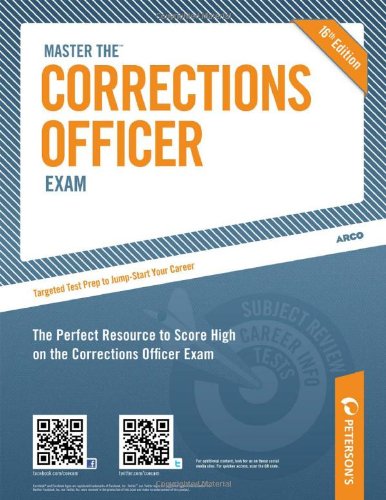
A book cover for Master the Corrections Officer Exam; Peterson's; Test Preparation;